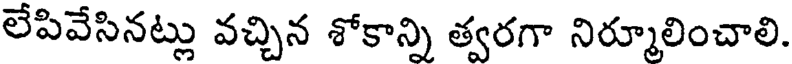
లేపివేసినట్లు వచ్చిన శోకాన్ని త్వరగా నిర్మూలించాలి.